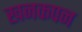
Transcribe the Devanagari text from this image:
खनकपन